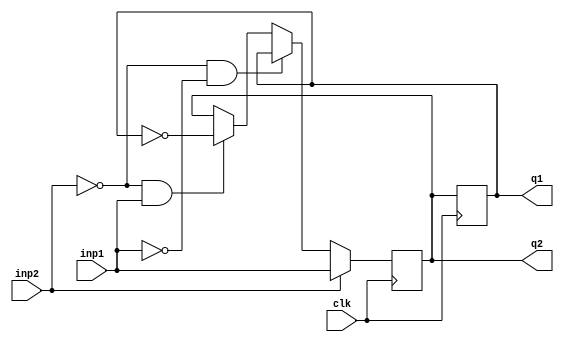
module flip_flop(inp1, inp2, clk, q1, q2);

input clk, inp1, inp2;
output reg q1, q2;

initial begin
    q1=0;
    q2 = 0;
end

always@(posedge clk)begin

if(inp2 == 1'b1)
begin
q2=inp1;

end

else if((inp2 == 1'b0) & (inp1 == 1'b0))
begin
q2=q1;

end

else if((inp2 == 1'b0) & (inp1 == 1'b1))
begin
q2=~q1;
end

end
always @(negedge clk ) begin
    q1 = q2;
end
endmodule

module tb;
reg B1, B2, CLK;
wire Q1, Q2;



flip_flop ans(B1, B2, CLK, Q1, Q2);


always @(posedge CLK) begin
       $display(" B1 = %b, B2 = %b, Q1 = %b, Q2 = %b",B1, B2, Q1, Q2);
    end


always begin
  #5;
   CLK = ~CLK;  
end 
initial begin 

CLK=0; B1= 0; B2= 0;
 

 #10; B1= 0; B2= 0; 
 #10; B1= 0; B2= 1; 
 #10;  B1= 1; B2=0; 
 #10;  B1= 1; B2=1; 
 #10;  B1= 0; B2=1; 
#10;
 $finish;
end 
endmodule